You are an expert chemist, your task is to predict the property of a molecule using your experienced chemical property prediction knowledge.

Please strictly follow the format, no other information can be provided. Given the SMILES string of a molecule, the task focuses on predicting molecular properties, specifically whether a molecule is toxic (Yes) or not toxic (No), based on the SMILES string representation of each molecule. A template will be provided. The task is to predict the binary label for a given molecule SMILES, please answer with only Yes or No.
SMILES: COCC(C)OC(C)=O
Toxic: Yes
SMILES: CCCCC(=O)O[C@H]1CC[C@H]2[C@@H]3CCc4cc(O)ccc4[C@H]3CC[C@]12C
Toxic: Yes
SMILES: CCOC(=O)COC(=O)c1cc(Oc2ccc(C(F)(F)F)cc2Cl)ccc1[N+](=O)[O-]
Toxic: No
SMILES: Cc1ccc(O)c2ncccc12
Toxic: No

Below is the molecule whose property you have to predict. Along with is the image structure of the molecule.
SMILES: COC(=O)c1nc(Cl)c(Cl)nc1N
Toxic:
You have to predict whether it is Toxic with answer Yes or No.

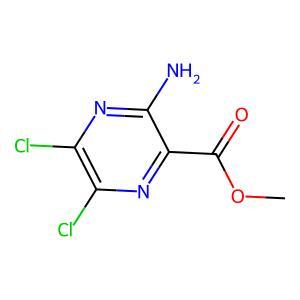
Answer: No